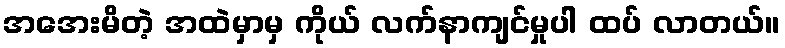
အအေးမိတဲ့ အထဲမှာမှ ကိုယ် လက်နာကျင်မှုပါ ထပ် လာတယ်။